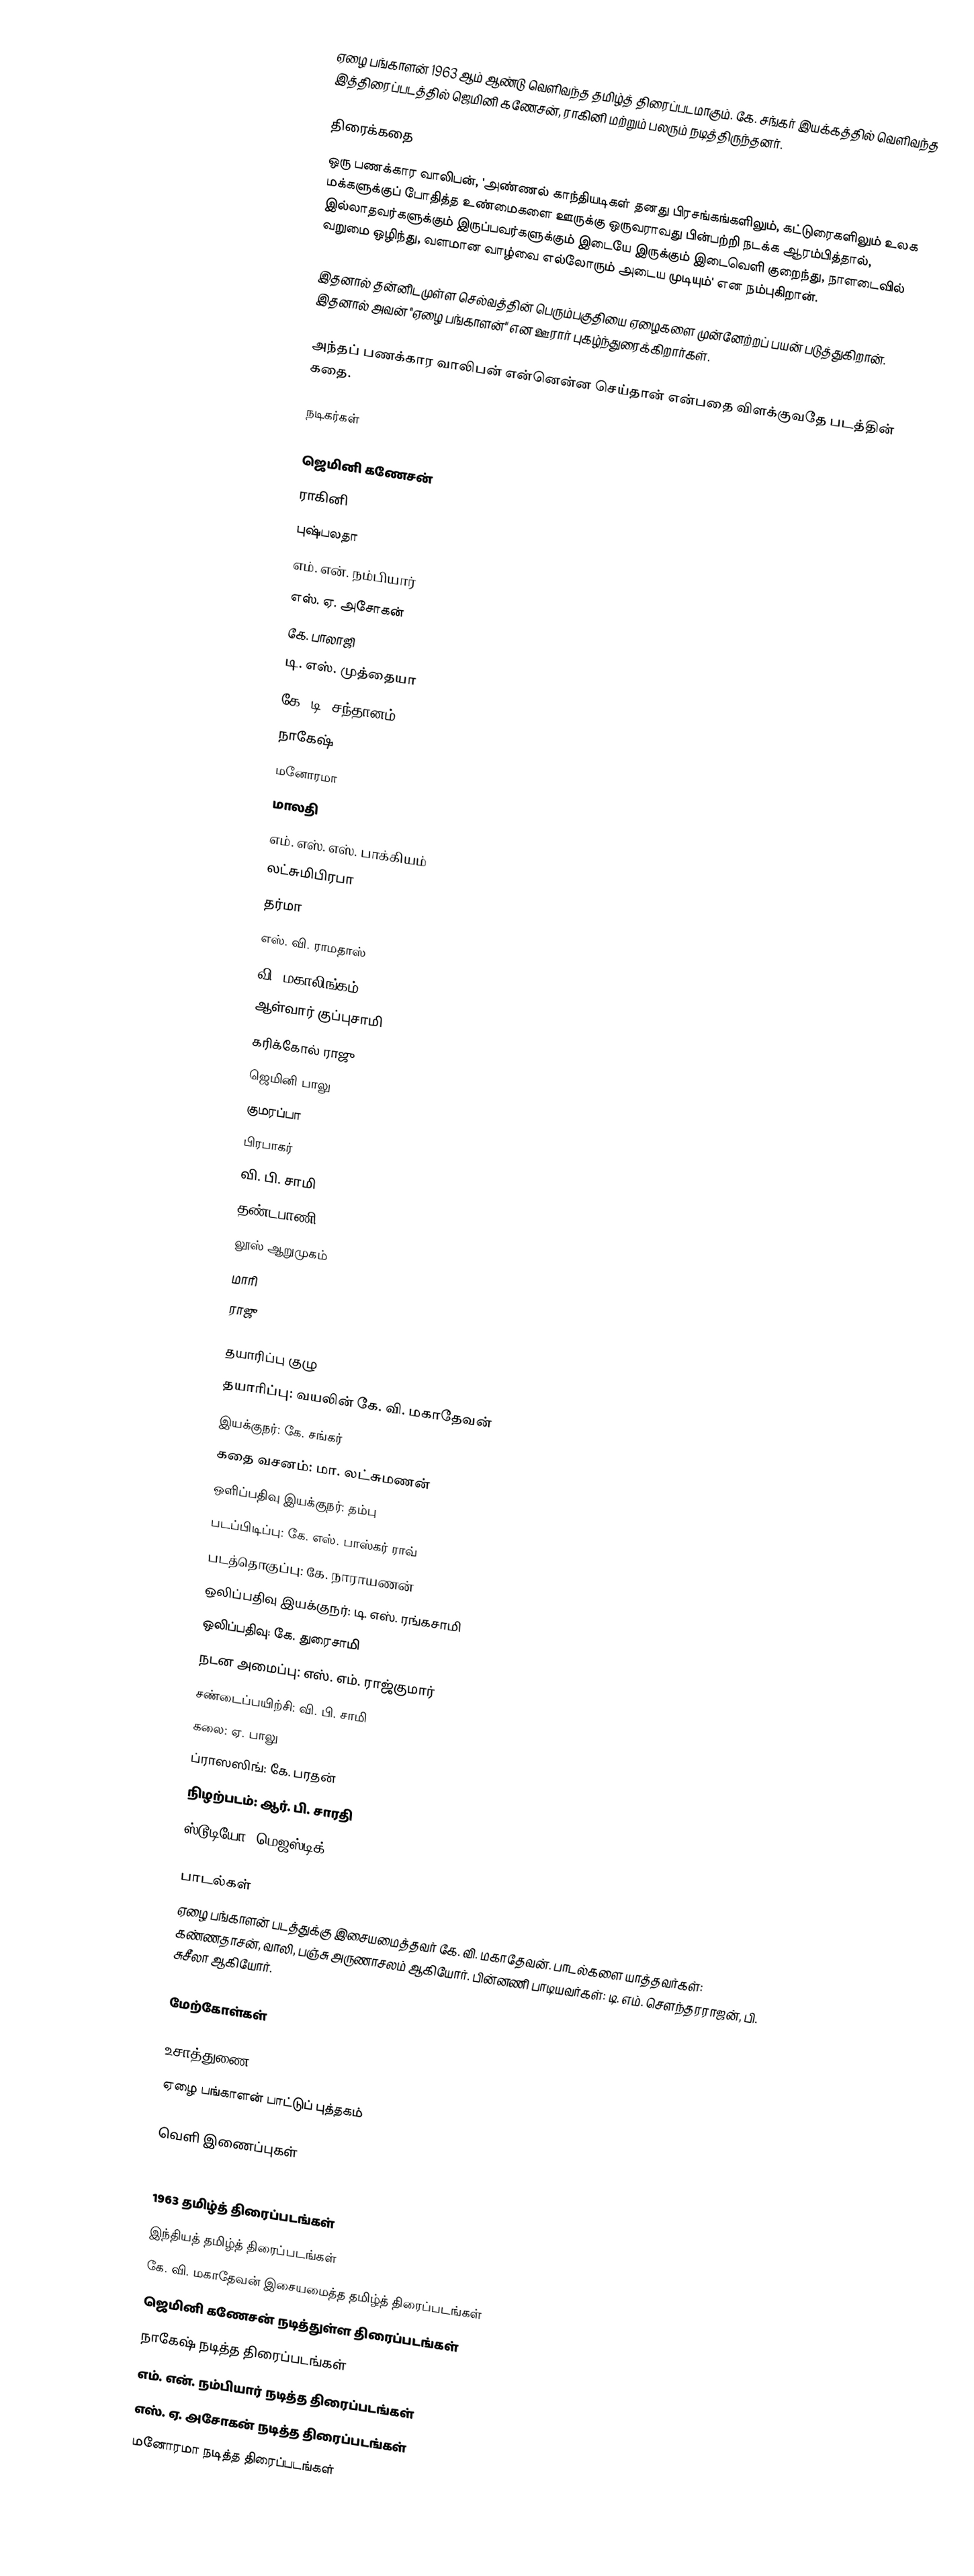
ஏழை பங்காளன் 1963 ஆம் ஆண்டு வெளிவந்த தமிழ்த் திரைப்படமாகும். கே. சங்கர் இயக்கத்தில் வெளிவந்த இத்திரைப்படத்தில் ஜெமினி கணேசன், ராகினி மற்றும் பலரும் நடித்திருந்தனர்.

திரைக்கதை
ஒரு பணக்கார வாலிபன், 'அண்ணல் காந்தியடிகள் தனது பிரசங்கங்களிலும், கட்டுரைகளிலும் உலக மக்களுக்குப் போதித்த உண்மைகளை ஊருக்கு ஒருவராவது பின்பற்றி நடக்க ஆரம்பித்தால், இல்லாதவர்களுக்கும் இருப்பவர்களுக்கும் இடையே இருக்கும் இடைவெளி குறைந்து, நாளடைவில் வறுமை ஒழிந்து, வளமான வாழ்வை எல்லோரும் அடைய முடியும்' என நம்புகிறான்.

இதனால் தன்னிடமுள்ள செல்வத்தின் பெரும்பகுதியை ஏழைகளை முன்னேற்றப் பயன் படுத்துகிறான். இதனால் அவன் "ஏழை பங்காளன்" என ஊரார் புகழ்ந்துரைக்கிறார்கள்.

அந்தப் பணக்கார வாலிபன் என்னென்ன செய்தான் என்பதை விளக்குவதே படத்தின் கதை.

நடிகர்கள்

ஜெமினி கணேசன்
ராகினி
புஷ்பலதா
எம். என். நம்பியார்
எஸ். ஏ. அசோகன்
கே. பாலாஜி
டி. எஸ். முத்தையா
கே. டி. சந்தானம்
நாகேஷ்
மனோரமா
மாலதி
எம். எஸ். எஸ். பாக்கியம்
லட்சுமிபிரபா
தர்மா
எஸ். வி. ராமதாஸ்
வி. மகாலிங்கம்
ஆள்வார் குப்புசாமி
கரிக்கோல் ராஜு
ஜெமினி பாலு
குமரப்பா
பிரபாகர்
வி. பி. சாமி
தண்டபாணி
லூஸ் ஆறுமுகம்
மாரி
ராஜு

தயாரிப்பு குழு
தயாரிப்பு: வயலின் கே. வி. மகாதேவன்
இயக்குநர்: கே. சங்கர்
கதை வசனம்: மா. லட்சுமணன்
ஒளிப்பதிவு இயக்குநர்: தம்பு
படப்பிடிப்பு: கே. எஸ். பாஸ்கர் ராவ்
படத்தொகுப்பு: கே. நாராயணன்
ஒலிப்பதிவு இயக்குநர்: டி. எஸ். ரங்கசாமி
ஒலிப்பதிவு: கே. துரைசாமி
நடன அமைப்பு: எஸ். எம். ராஜ்குமார்
சண்டைப்பயிற்சி: வி. பி. சாமி
கலை: ஏ. பாலு
ப்ராஸஸிங்: கே. பரதன்
நிழற்படம்: ஆர். பி. சாரதி
ஸ்டூடியோ: மெஜஸ்டிக்

பாடல்கள்
ஏழை பங்காளன் படத்துக்கு இசையமைத்தவர் கே. வி. மகாதேவன். பாடல்களை யாத்தவர்கள்: கண்ணதாசன், வாலி, பஞ்சு அருணாசலம் ஆகியோர். பின்னணி பாடியவர்கள்: டி. எம். சௌந்தரராஜன், பி. சுசீலா ஆகியோர்.

மேற்கோள்கள்

உசாத்துணை
ஏழை பங்காளன் பாட்டுப் புத்தகம்

வெளி இணைப்புகள்

1963 தமிழ்த் திரைப்படங்கள்
இந்தியத் தமிழ்த் திரைப்படங்கள்
கே. வி. மகாதேவன் இசையமைத்த தமிழ்த் திரைப்படங்கள்
ஜெமினி கணேசன் நடித்துள்ள திரைப்படங்கள்
நாகேஷ் நடித்த திரைப்படங்கள்
எம். என். நம்பியார் நடித்த திரைப்படங்கள்
எஸ். ஏ. அசோகன் நடித்த திரைப்படங்கள்
மனோரமா நடித்த திரைப்படங்கள்